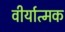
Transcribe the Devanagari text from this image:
वीर्यात्मक